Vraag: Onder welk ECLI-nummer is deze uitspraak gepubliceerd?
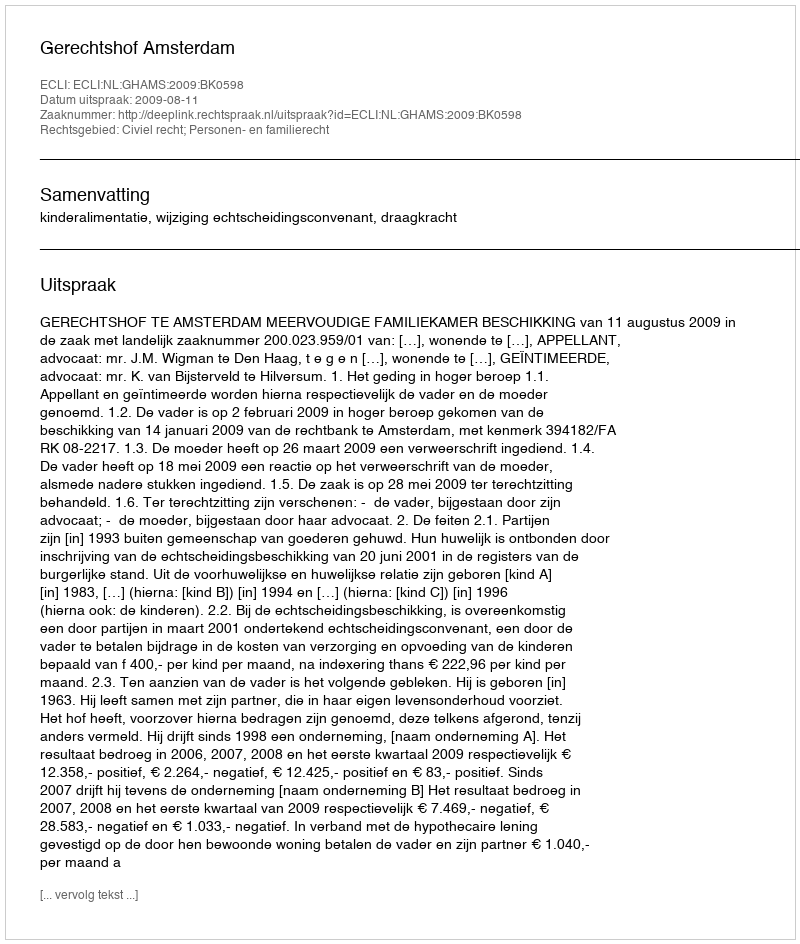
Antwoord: ECLI:NL:GHAMS:2009:BK0598